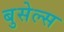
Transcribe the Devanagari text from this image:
बुसेल्स